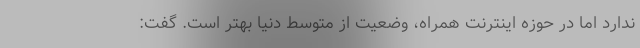
ندارد اما در حوزه اینترنت همراه، وضعیت از متوسط دنیا بهتر است. گفت: